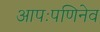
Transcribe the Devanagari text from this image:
आपःपणिनेव